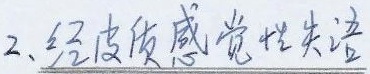
2、经皮质感觉性失语